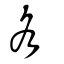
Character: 各